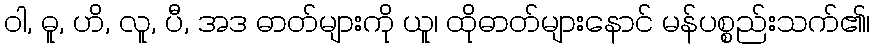
ဝါ, ဓူ, ဟိ, လူ, ပီ, အဒ ဓာတ်များကို ယူ၊ ထိုဓာတ်များနောင် မန်ပစ္စည်းသက်၏၊